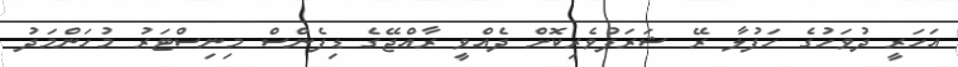
އަހަރީ ދުވަހުގެ ހަފުލާ ރޭ ޝަރަފުވެރިކޮށް ދެއްވީ ރާއްޖޭގެ ޑިފެންސް މިނިސްޓަރު މުހަންމަދު